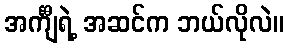
အင်္ကျီရဲ့ အဆင်က ဘယ်လိုလဲ။